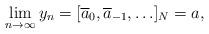
LaTeX: \begin{align*} \lim_{n \rightarrow \infty} y_n =[\overline{a}_0, \overline{a}_{-1}, \ldots]_N = a, \end{align*}